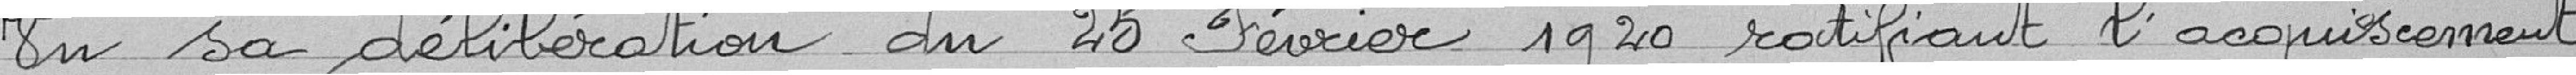
Vu sa délibération du 25 Février 1920 ratifiant l’acquiescement